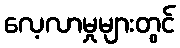
လေ့လာမှုများတွင်